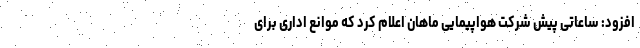
افزود: ساعاتی پیش شرکت هواپیمایی ماهان اعلام کرد که موانع اداری برای